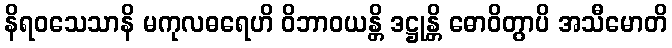
နိရဝသေသာနိ မကုလဓရေဟိ ဝိဘာဝယန္တိ ဒဋ္ဌုန္တိ ဓောဝိတွာပိ အသီမောတိ